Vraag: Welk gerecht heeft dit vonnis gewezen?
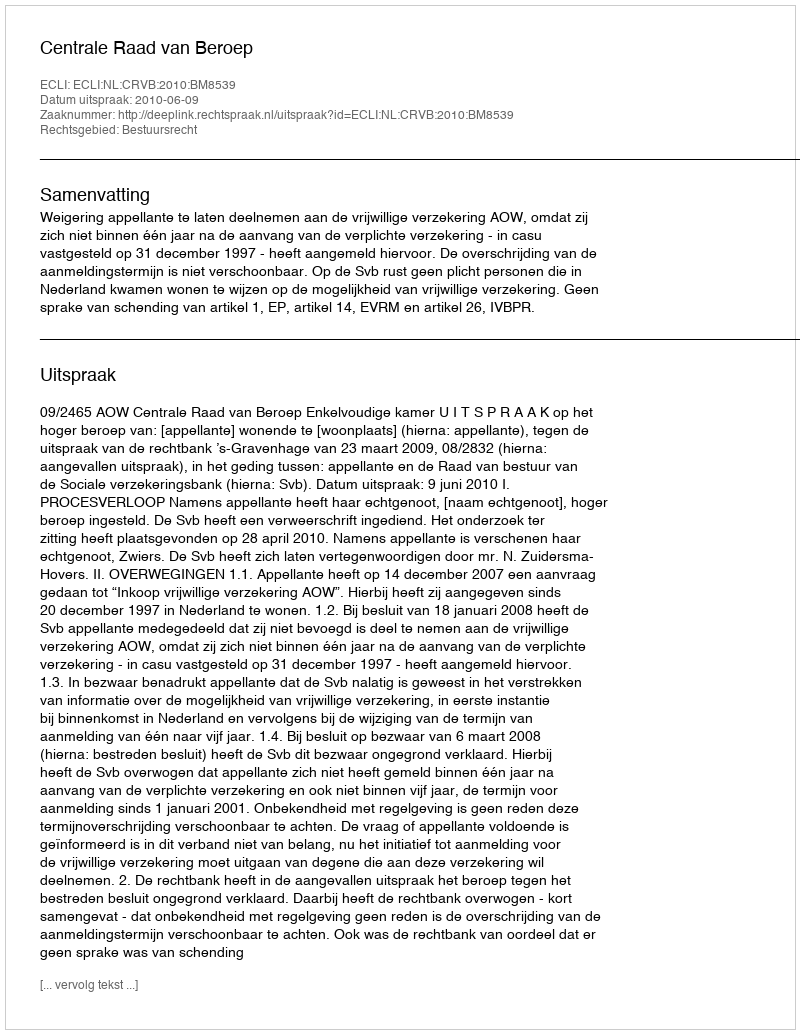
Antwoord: Centrale Raad van Beroep